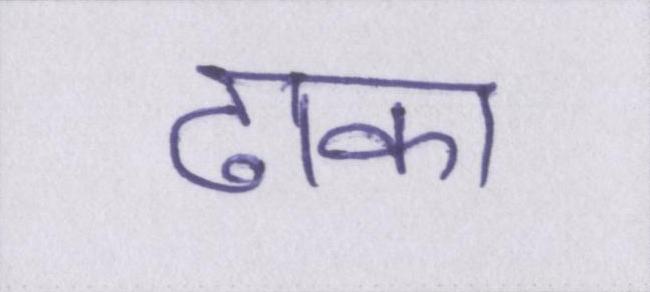
ढाका